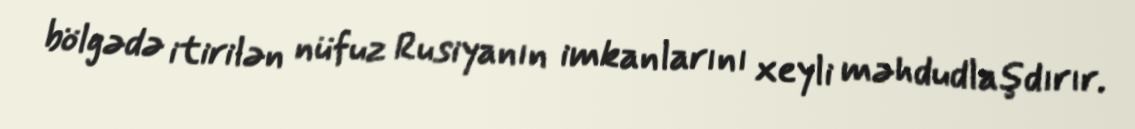
bölgədə itirilən nüfuz Rusiyanın imkanlarını xeyli məhdudlaşdırır.